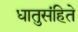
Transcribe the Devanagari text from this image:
धातुसंहिते